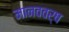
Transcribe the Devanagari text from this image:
मानववर्ष